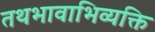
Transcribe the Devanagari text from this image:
तथभावाभिव्यक्ति